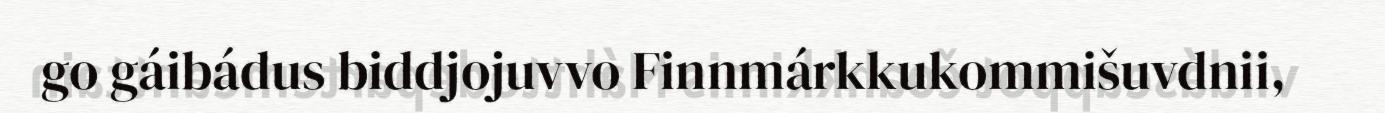
go gáibádus biddjojuvvo Finnmárkkukommišuvdnii,